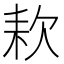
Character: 𣢹